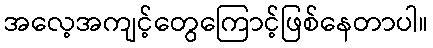
အလေ့အကျင့်တွေကြောင့်ဖြစ်နေတာပါ။